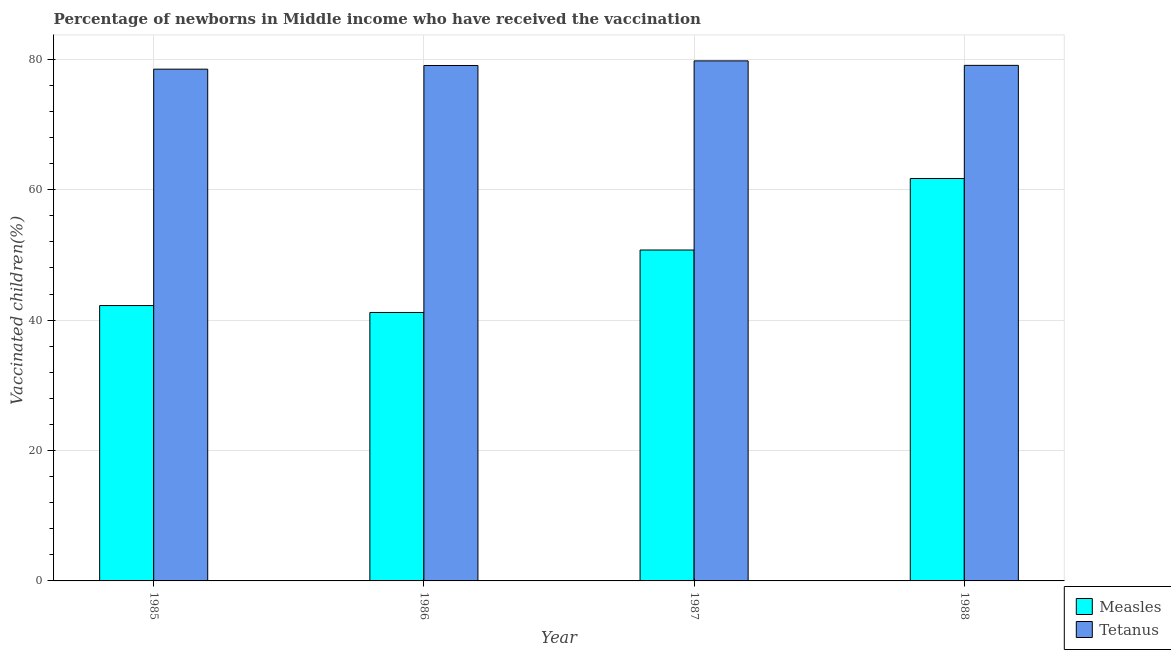
| Year | Measles | Tetanus |
 | --- | --- | --- |
 | 1985 | 42.2 | 78.5 |
 | 1986 | 41.2 | 79 |
 | 1987 | 50.7 | 79.8 |
 | 1988 | 61.7 | 79.1 |